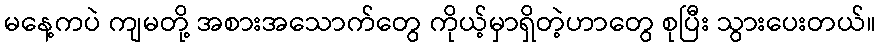
မနေ့ကပဲ ကျမတို့ အစားအသောက်တွေ ကိုယ့်မှာရှိတဲ့ဟာတွေ စုပြီး သွားပေးတယ်။